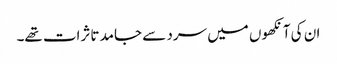
ان کی آنکھوں میں سرد سے جامد تاثرات تھے۔